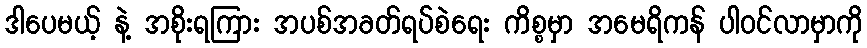
ဒါပေမယ့် နဲ့ အစိုးရကြား အပစ်အခတ်ရပ်စဲရေး ကိစ္စမှာ အမေရိကန် ပါဝင်လာမှာကို